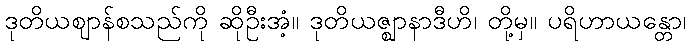
ဒုတိယဈာန်စသည်ကို ဆိုဦးအံ့။ ဒုတိယဇ္ဈာနာဒီဟိ၊ တို့မှ။ ပရိဟာယန္တော၊